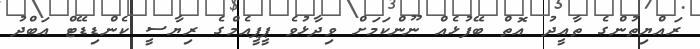
ރައްޔިތުންގެ ތާއީދު އޮތް ބޭފުޅެއް ނޫންކަމަށް ވިދާޅުވެ ޕީޕީއެމްގެ ރިޔާސީ ކެންޑިޑޭޓް އަބްދު